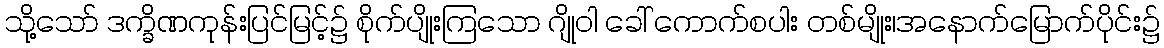
သို့သော် ဒက္ခိဏကုန်းပြင်မြင့်၌ စိုက်ပျိုးကြသော ဂျိုဝါ ခေါ် ကောက်စပါး တစ်မျိုး၊အနောက်မြောက်ပိုင်း၌